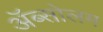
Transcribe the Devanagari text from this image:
अॅब्सोलम